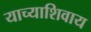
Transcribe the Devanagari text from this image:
याच्याशिवाय